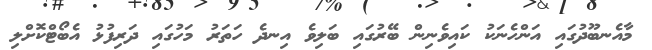
މާއެނބޫދުގައި އަންހެނަކު ކައިވެނިން ބޭރުގައި ބަލިވެ އިނދެ ހަތަރު މަހުގައި ދަރިފުޅު އެބޯޓްކޮށްލި